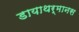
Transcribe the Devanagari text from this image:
डायाथर्मानस